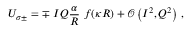
U _ { \sigma \pm } = \mp \ I Q \frac { \alpha } { R } \ f ( \kappa R ) + \mathcal { O } \left( I ^ { 2 } , Q ^ { 2 } \right) \, ,